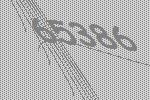
65386